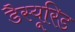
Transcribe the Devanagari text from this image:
डैस्यूरिड